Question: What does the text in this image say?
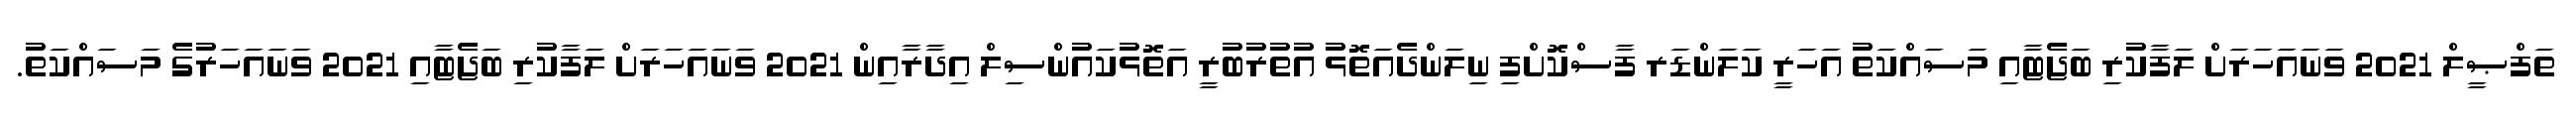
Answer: ތަފްޞީލް 2021 ވަނައަހަރަށް ލަފާކުރި ބަޖެޓާއި މަސައްކަތު އަހަރީ ކަލަންޑަރ ފާސްކޮށްފި ނިލަންދެއަތޮޅު އުތުރުބުރީ އަތޮޅުކައުންސިލް އިދާރާއިން 2021 ވަނައަހަރަށް ލަފާކުރި ބަޖެޓާއި 2021 ވަނައަހަރުގެ މަސައްކަތު.